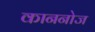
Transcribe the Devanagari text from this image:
काननोज